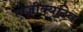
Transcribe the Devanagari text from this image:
एग्ज़ीक्यूटिव